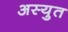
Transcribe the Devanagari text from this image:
अस्युत